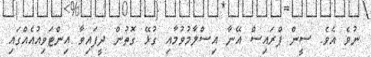
ނުވެ އެވެ. ސީން ޕްރައިސް އޭނާ އިސްލާމުވުމާއި ގުޅޭ ގޮތުން ދީފައިވާ އިންޓަވިއުއެއްގައި